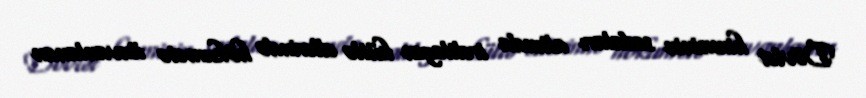
Dövlət himninin sədaları altında irəliləyən kütlə əllərində hökumətə ünvanlanan